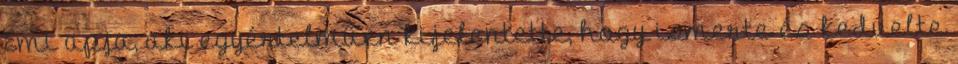
Emi apja, aki egyértelműen kijelentette, hogy ismerte és kedvelte